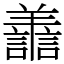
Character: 譱